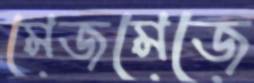
মেজমেজে